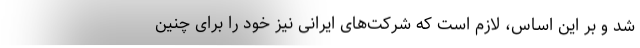
شد و بر این اساس، لازم است که شرکت‌های ایرانی نیز خود را برای چنین